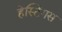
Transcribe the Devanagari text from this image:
हेस्टिंगस